Vaccination North-Western Provinces 1866-1877 - 1866-1877
Year: 1866
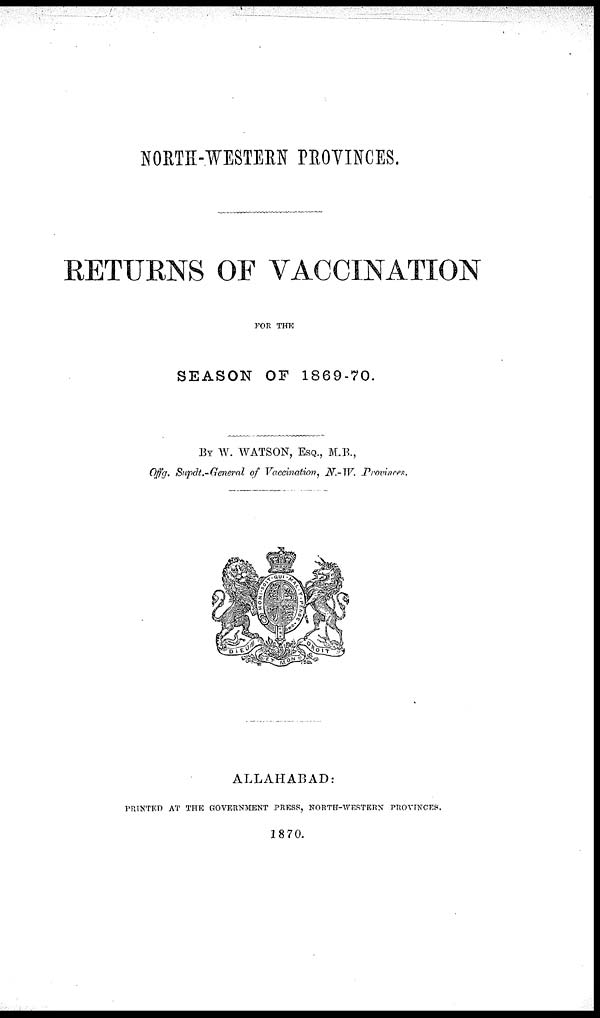
NORTH-WESTERN PROVINCES.
RETURNS OF VACCINATION
FOR THE
SEASON OF 1869-70.
BY W. WATSON, ESQ., M.B,
Offg. Supdt.-General of Vaccination, N.-W. Provinees.
ALLAHABAD:
PRINTED AT THE GOVERNMENT PRESS, NORTH-WESTERN PROVINCES.
1870.